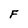
Character: F